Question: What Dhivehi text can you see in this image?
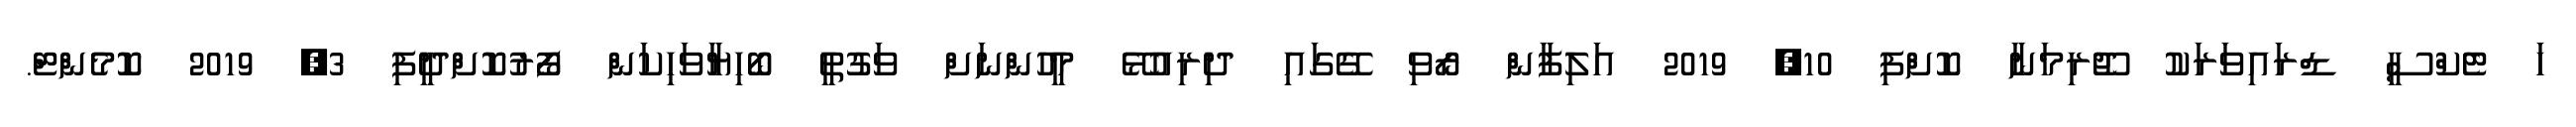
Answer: ހަ ޓެކްސީ ޑްރައިވަރަކު ޖޫރިމަނާ ކޮށްފި 10, 2019 އަލިފާން ރޯވި ގޭގައި ދިރިއުޅޭ މީހުންނަށް ވަގުތީ ބޯހިޔާވަހިކަން ފޯރުކޮށްދީފި 3, 2019 ކޮމެންޓް.